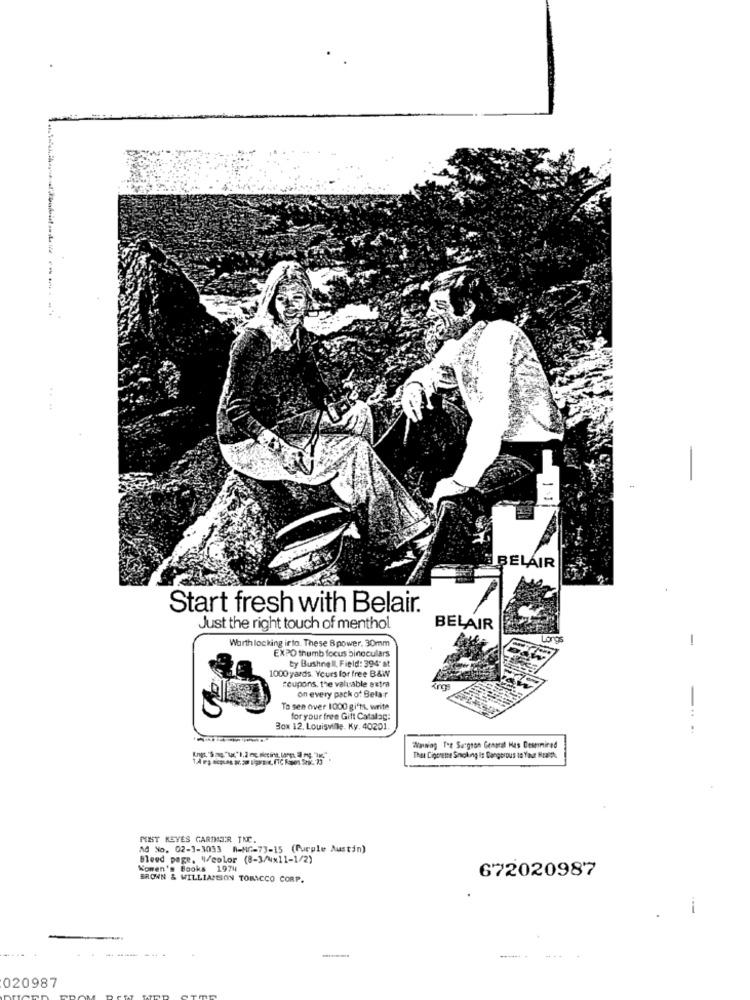
....
-
BELAIR
Start fresh with Belair.
Just the right touch of menthol
BELAIR
Worth locking into. These 8power, 30mm
Lord
-
EXPO thumb focus binoculars
Ly Bushnell, Field: 394" st
1000 yards. Yours for free B&W
coupons, the valuable extra
on every pack of Bela r
To sen over 1000 gi'ts. write
for your free Gift Catalog:
Box 12, Louisville. Ky. 40201.
Wawiag Tet Surgeon General Has Desemmired
That Ciperethe Smoking Is Dangerous to Your Hralt
MINT KEYES GARTNER INC.
Ad No. 02-1-3033 R-MC-73-15 (Purple Austin)
Bleed page, 4/color (8-3/wx11-1/2)
Women's Books 1974
672020987
BROWN & WILLIAMSON TOBACCO CORP.
--
020987